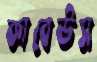
কাবেউস